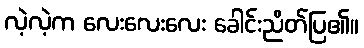
လဲ့လဲ့က လေးလေးလေး ခေါင်းညိတ်ပြ၏။